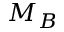
M _ { B }